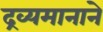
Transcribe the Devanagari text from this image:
द्रव्यमानाने